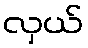
လှယ်